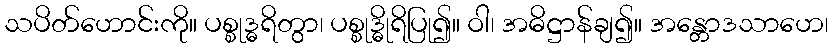
သပိတ်ဟောင်းကို။ ပစ္စုဒ္ဓရိတွာ၊ ပစ္စုဒ္ဓိုရိပြု၍။ ဝါ၊ အဓိဋ္ဌာန်ချ၍။ အန္တောဒသာဟေ၊